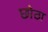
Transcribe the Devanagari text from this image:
छोठा